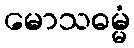
မောသဓမ္မံ